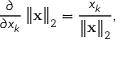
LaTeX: { \frac { \partial } { \partial x _ { k } } } \left\| \mathbf { x } \right\| _ { 2 } = { \frac { x _ { k } } { \left\| \mathbf { x } \right\| _ { 2 } } } ,